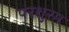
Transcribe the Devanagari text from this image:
परशुरम